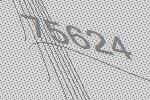
75624